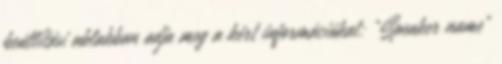
beállítási ablakban adja meg a kért információkat: "Speaker name"